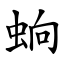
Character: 䖮